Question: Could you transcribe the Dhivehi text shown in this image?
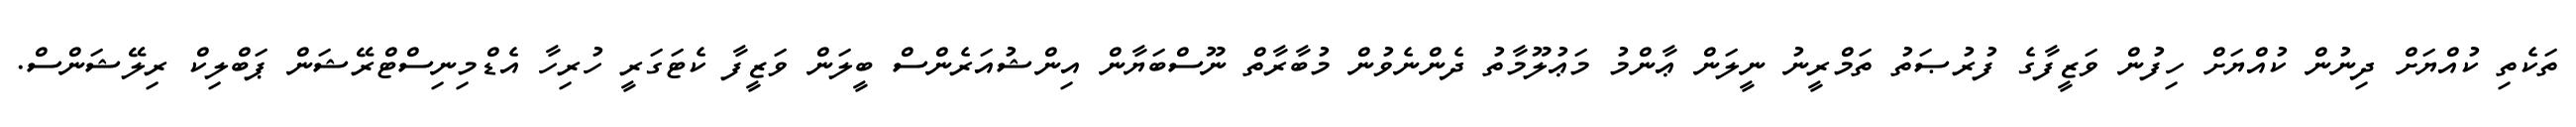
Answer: ތަކެތި ކުއްޔަށް ދިނުން ކުއްޔަށް ހިފުން ވަޒީފާގެ ފުރުޞަތު ތަމްރީނު ނީލަން ޢާންމު މަޢުލޫމާތު ދެންނެވުން މުބާރާތް ނޫސްބަޔާން އިންޝުއަރެންސް ބީލަން ވަޒީފާ ކެޓަގަރީ ހުރިހާ އެޑްމިނިސްޓްރޭޝަން ޕަބްލިކް ރިލޭޝަންސް.